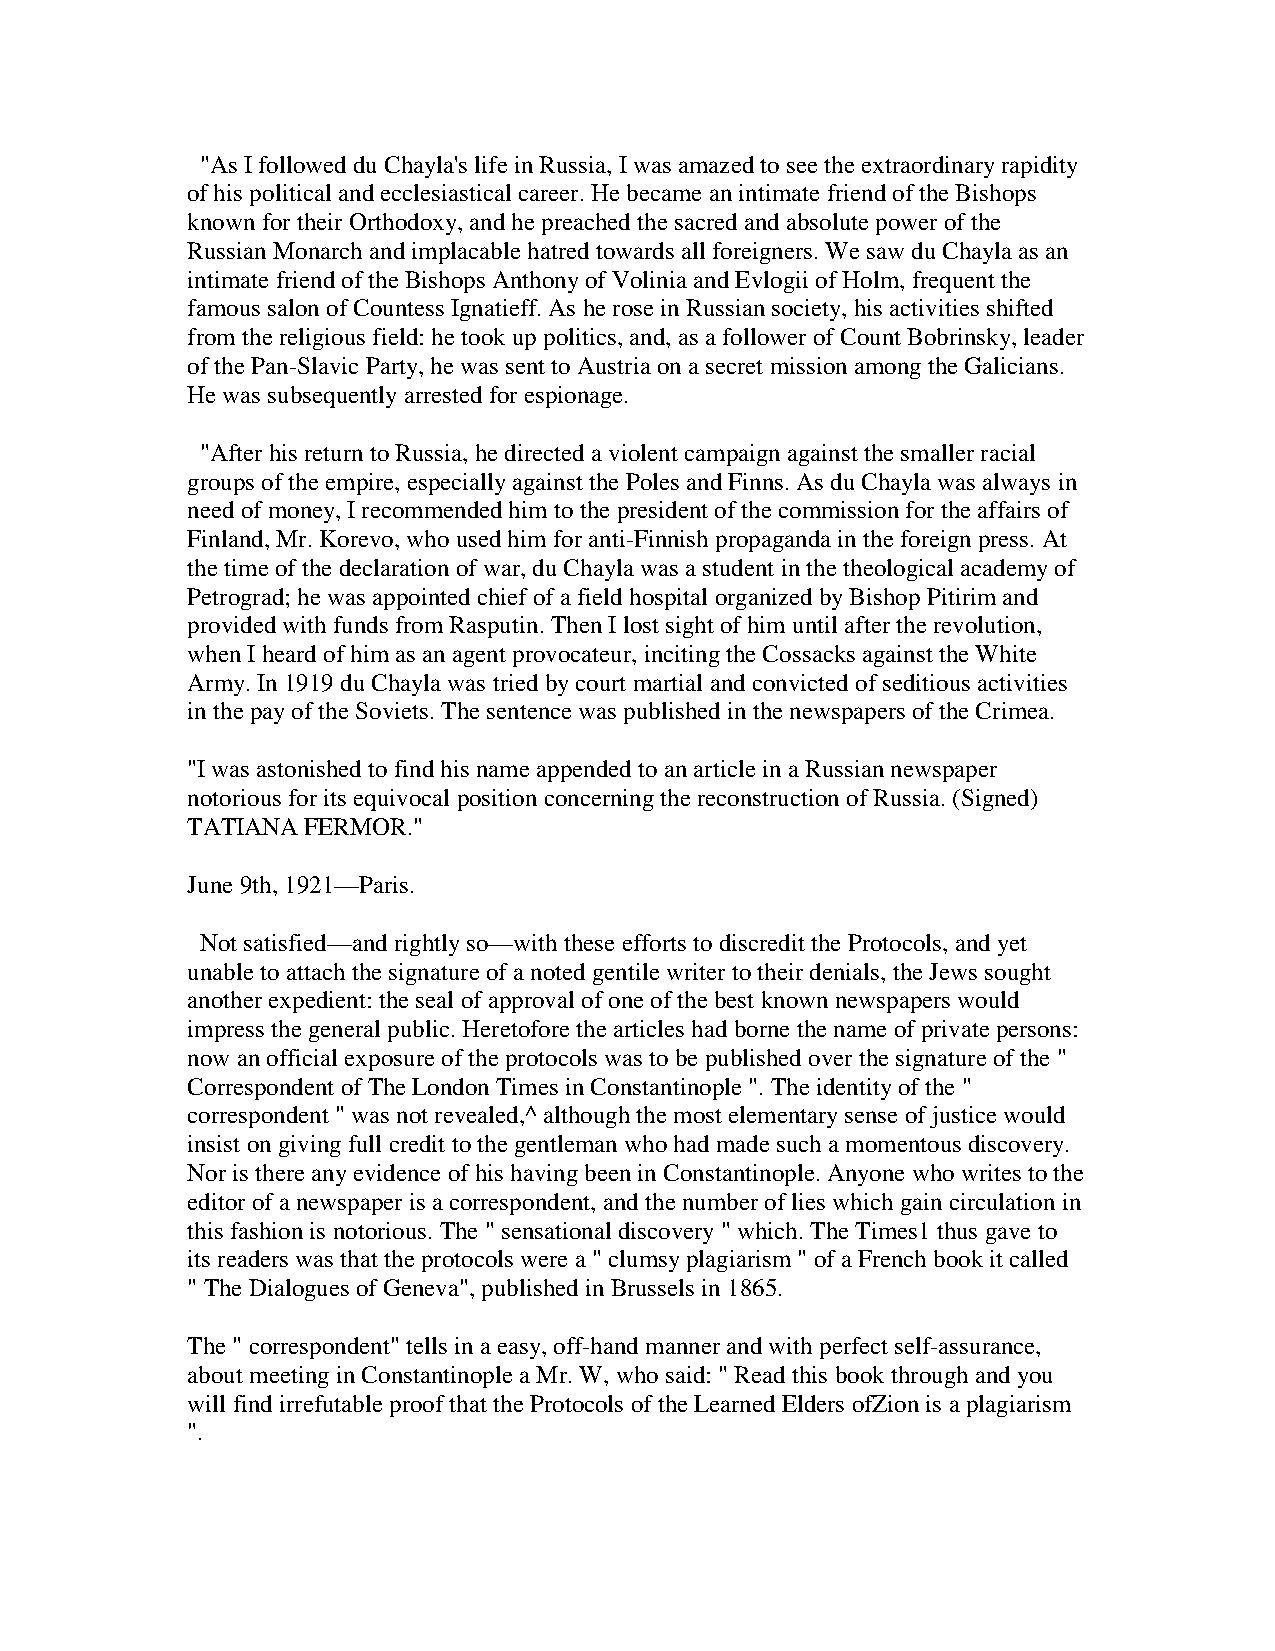
"As I followed du Chayla's life in Russia, I was amazed to see the extraordinary rapidity
 of his political and ecclesiastical career. He became an intimate friend of the Bishops
 known for their Orthodoxy, and he preached the sacred and absolute power of the
 Russian Monarch and implacable hatred towards all foreigners. We saw du Chayla as an
 intimate friend of the Bishops Anthony of Volinia and Evlogii of Holm, frequent the
 famous salon of Countess Ignatieff. As he rose in Russian society, his activities shifted
 from the religious field: he took up politics, and, as a follower of Count Bobrinsky, leader
 of the Pan-Slavic Party, he was sent to Austria on a secret mission among the Galicians.
 He was subsequently arrested for espionage.
 "After his return to Russia, he directed a violent campaign against the smaller racial
 groups of the empire, especially against the Poles and Finns. As du Chayla was always in
 need of money, I recommended him to the president of the commission for the affairs of
 Finland, Mr. Korevo, who used him for anti-Finnish propaganda in the foreign press. At
 the time of the declaration of war, du Chayla was a student in the theological academy of
 Petrograd; he was appointed chief of a field hospital organized by Bishop Pitirim and
 provided with funds from Rasputin. Then I lost sight of him until after the revolution,
 when I heard of him as an agent provocateur, inciting the Cossacks against the White
 Army. In 1919 du Chayla was tried by court martial and convicted of seditious activities
 in the pay of the Soviets. The sentence was published in the newspapers of the Crimea.
 "I was astonished to find his name appended to an article in a Russian newspaper
 notorious for its equivocal position concerning the reconstruction of Russia. (Signed)
 TATIANA FERMOR."
 June 9th, 1921—Paris.
 Not satisfied—and rightly so—with these efforts to discredit the Protocols, and yet
 unable to attach the signature of a noted gentile writer to their denials, the Jews sought
 another expedient: the seal of approval of one of the best known newspapers would
 impress the general public. Heretofore the articles had borne the name of private persons:
 now an official exposure of the protocols was to be published over the signature of the "
 Correspondent of The London Times in Constantinople ". The identity of the "
 correspondent " was not revealed,^ although the most elementary sense of justice would
 insist on giving full credit to the gentleman who had made such a momentous discovery.
 Nor is there any evidence of his having been in Constantinople. Anyone who writes to the
 editor of a newspaper is a correspondent, and the number of lies which gain circulation in
 this fashion is notorious. The " sensational discovery " which. The Times1 thus gave to
 its readers was that the protocols were a " clumsy plagiarism " of a French book it called
 " The Dialogues of Geneva", published in Brussels in 1865.
 The " correspondent" tells in a easy, off-hand manner and with perfect self-assurance,
 about meeting in Constantinople a Mr. W, who said: " Read this book through and you
 will find irrefutable proof that the Protocols of the Learned Elders ofZion is a plagiarism
 ".